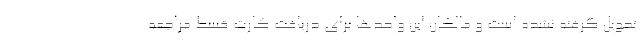
تحویل گرفته نشده‌ است و مالکان این واحدها برای دریافت کارت قسط مراجعه